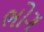
ભોગ